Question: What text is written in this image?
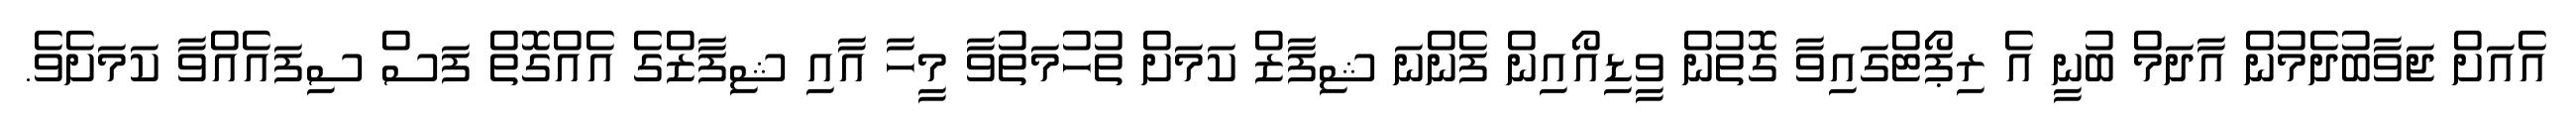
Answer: އެއަށް ޖަވާބުދެމުން އާދަމް ބުނީ އެ ރިޕޯޓްގައިވާ ގޮތުން ވީޑިއޯއިން ފެންނަ ޝިފާޒް ކަމަށް ތުހުމަތުވާ މީހާ އާއި ޝިފާޒްގެ އެއްގޮތް ފަސް ސިފައެއްވާ ކަމަށެވެ.